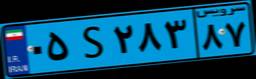
۱۴S۵۰۱۴۴